Report on vaccination in Madras 1877-1894 - 1877-1894
Year: 1877
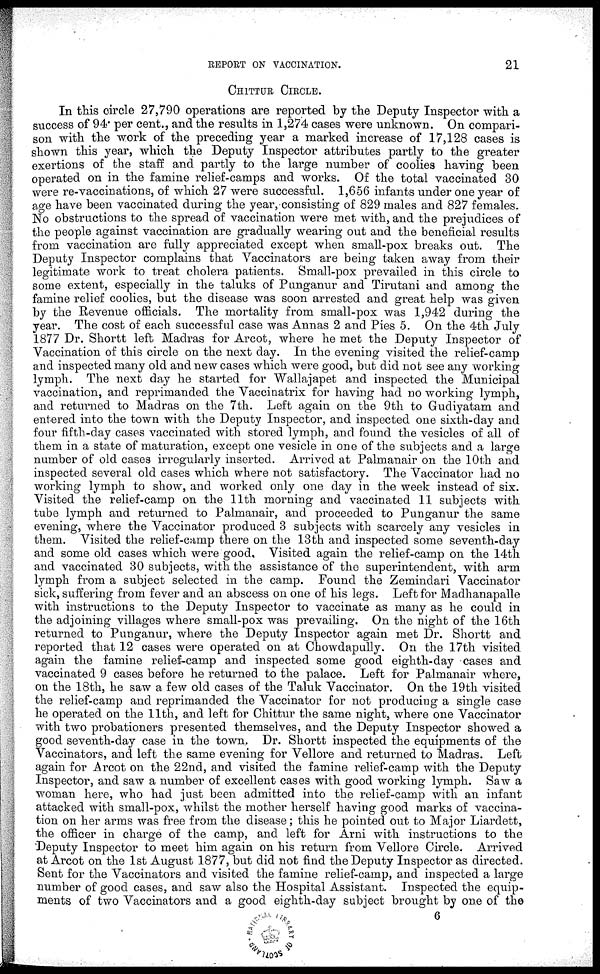
REPORT ON VACCINATION.
21
CHITTUR CIRCLE.
In this circle 27,790 operations are reported by the Deputy Inspector with a
success of 94. per cent., and the results in 1,274 cases were unknown. On compari-
son with the work of the preceding year a marked increase of 17,128 cases is
shown this year, which the Deputy Inspector attributes partly to the greater
exertions of the staff and partly to the large number of coolies having been
operated on in the famine relief-camps and works. Of the total vaccinated 30
were re-vaccinations, of which 27 were successful. 1,656 infants under one year of
age have been vaccinated during the year, consisting of 829 males and 827 females.
No obstructions to the spread of vaccination were met with, and the prejudices of
the people against vaccination are gradually wearing out and the beneficial results
from vaccination are fully appreciated except when small-pox breaks out. The
Deputy Inspector complains that Vaccinators are being taken away from their
legitimate work to treat cholera patients. Small-pox prevailed in this circle to
some extent, especially in the taluks of Punganur and Tirutani and among the
famine relief coolies, but the disease was soon arrested and great help was given
by the Revenue officials. The mortality from small-pox was 1,942 during the
year. The cost of each successful case was Annas 2 and Pies 5. On the 4th July
1877 Dr. Shortt left Madras for Arcot, where he met the Deputy Inspector of
Vaccination of this circle on the next day. In the evening visited the relief-camp
and inspected many old and new cases which were good, but did not see any working
lymph. The next day he started for Wallajapet and inspected the Municipal
vaccination, and reprimanded the Vaccinatrix for having had no working lymph,
and returned to Madras on the 7th. Left again on the 9th to Gudiyatam and
entered into the town with the Deputy Inspector, and inspected one sixth-day and
four fifth-day cases vaccinated with stored lymph, and found the vesicles of all of
them in a state of maturation, except one vesicle in one of the subjects and a large
number of old cases irregularly inserted. Arrived at Palmanair on the 10th and
inspected several old cases which where not satisfactory. The Vaccinator had no
working lymph to show, and worked only one day in the week instead of six.
Visited the relief-camp on the 11th morning and vaccinated 11 subjects with
tube lymph and returned to Palmanair, and proceeded to Punganur the same
evening, where the Vaccinator produced 3 subjects with scarcely any vesicles in
them. Visited the relief-camp there on the 13th and inspected some seventh-day
and some old cases which were good. Visited again the relief-camp on the 14th
and vaccinated 30 subjects, with the assistance of the superintendent, with arm
lymph from a subject selected in the camp. Found the Zemindari Vaccinator
sick, suffering from fever and an abscess on one of his legs. Left for Madhanapalle
with instructions to the Deputy Inspector to vaccinate as many as he could in
the adjoining villages where small-pox was prevailing. On the night of the 16th
returned to Punganur, where the Deputy Inspector again met Dr. Shortt and
reported that 12 cases were operated on at Chowdapully. On the 17th visited
again the famine relief-camp and inspected some good eighth-day cases and
vaccinated 9 cases before he returned to the palace. Left for Palmanair where,
on the 18th, he saw a few old cases of the Taluk Vaccinator. On the 19th visited
the relief-camp and reprimanded the Vaccinator for not producing a single case
he operated on the 11th, and left for Chittur the same night, where one Vaccinator
with two probationers presented themselves, and the Deputy Inspector showed a
good seventh-day case in the town. Dr. Shortt inspected the equipments of the
Vaccinators, and left the same evening for Vellore and returned to Madras. Left
again for Arcot on the 22nd, and visited the famine relief-camp with the Deputy
Inspector, and saw a number of excellent cases with good working lymph. Saw a
woman here, who had just been admitted into the relief-camp with an infant
attacked with small-pox, whilst the mother herself having good marks of vaccina-
tion on her arms was free from the disease ; this he pointed out to Major Liardett,
the officer in charge of the camp, and left for Arni with instructions to the
Deputy Inspector to meet him again on his return from Vellore Circle. Arrived
at Arcot on the 1st August 1877, but did not find the Deputy Inspector as directed.
Sent for the Vaccinators and visited the famine relief-camp, and inspected a large
number of good cases, and saw also the Hospital Assistant. Inspected the equip-
ments of two Vaccinators and a good eighth-day subject brought by one of the
6